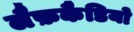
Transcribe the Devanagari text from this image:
लैफ़कैडियो